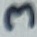
Text: 3